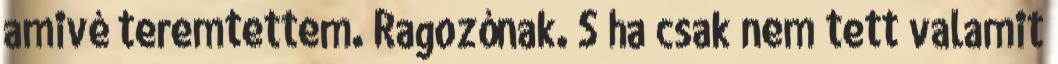
amivé teremtettem. Ragozónak. S ha csak nem tett valamit